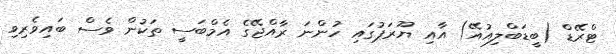
ޓްރޭޑް (ބީޑަބްލިއުއޭ) އާއި ޔޫރަޕުގައި ހުންނަ ރާއްޖޭގެ އެމްބަސީ ތަކުން ވެސް ބައިވެރިވި